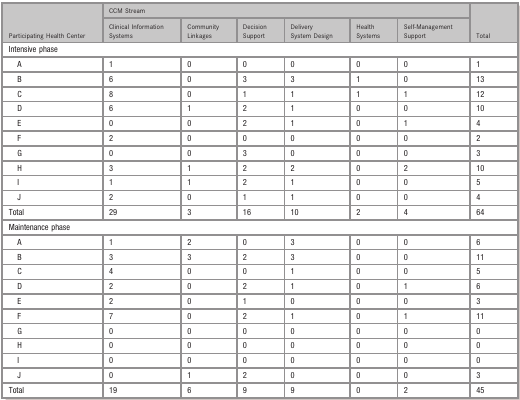
<table><thead><tr><td rowspan="2"><b>Participating Health Center</b></td><td colspan="6"><b>CCM Stream</b></td><td rowspan="2"><b>Total</b></td></tr><tr><td><b>Clinical Information Systems</b></td><td><b>Community Linkages</b></td><td><b>Decision Support</b></td><td><b>Delivery System Design</b></td><td><b>Health Systems</b></td><td><b>Self‐Management Support</b></td></tr></thead><tbody><tr><td colspan="8">Intensive phase</td></tr><tr><td>A</td><td>1</td><td>0</td><td>0</td><td>0</td><td>0</td><td>0</td><td>1</td></tr><tr><td>B</td><td>6</td><td>0</td><td>3</td><td>3</td><td>1</td><td>0</td><td>13</td></tr><tr><td>C</td><td>8</td><td>0</td><td>1</td><td>1</td><td>1</td><td>1</td><td>12</td></tr><tr><td>D</td><td>6</td><td>1</td><td>2</td><td>1</td><td>0</td><td>0</td><td>10</td></tr><tr><td>E</td><td>0</td><td>0</td><td>2</td><td>1</td><td>0</td><td>1</td><td>4</td></tr><tr><td>F</td><td>2</td><td>0</td><td>0</td><td>0</td><td>0</td><td>0</td><td>2</td></tr><tr><td>G</td><td>0</td><td>0</td><td>3</td><td>0</td><td>0</td><td>0</td><td>3</td></tr><tr><td>H</td><td>3</td><td>1</td><td>2</td><td>2</td><td>0</td><td>2</td><td>10</td></tr><tr><td>I</td><td>1</td><td>1</td><td>2</td><td>1</td><td>0</td><td>0</td><td>5</td></tr><tr><td>J</td><td>2</td><td>0</td><td>1</td><td>1</td><td>0</td><td>0</td><td>4</td></tr><tr><td>Total</td><td>29</td><td>3</td><td>16</td><td>10</td><td>2</td><td>4</td><td>64</td></tr><tr><td colspan="8">Maintenance phase</td></tr><tr><td>A</td><td>1</td><td>2</td><td>0</td><td>3</td><td>0</td><td>0</td><td>6</td></tr><tr><td>B</td><td>3</td><td>3</td><td>2</td><td>3</td><td>0</td><td>0</td><td>11</td></tr><tr><td>C</td><td>4</td><td>0</td><td>0</td><td>1</td><td>0</td><td>0</td><td>5</td></tr><tr><td>D</td><td>2</td><td>0</td><td>2</td><td>1</td><td>0</td><td>1</td><td>6</td></tr><tr><td>E</td><td>2</td><td>0</td><td>1</td><td>0</td><td>0</td><td>0</td><td>3</td></tr><tr><td>F</td><td>7</td><td>0</td><td>2</td><td>1</td><td>0</td><td>1</td><td>11</td></tr><tr><td>G</td><td>0</td><td>0</td><td>0</td><td>0</td><td>0</td><td>0</td><td>0</td></tr><tr><td>H</td><td>0</td><td>0</td><td>0</td><td>0</td><td>0</td><td>0</td><td>0</td></tr><tr><td>I</td><td>0</td><td>0</td><td>0</td><td>0</td><td>0</td><td>0</td><td>0</td></tr><tr><td>J</td><td>0</td><td>1</td><td>2</td><td>0</td><td>0</td><td>0</td><td>3</td></tr><tr><td>Total</td><td>19</td><td>6</td><td>9</td><td>9</td><td>0</td><td>2</td><td>45</td></tr></tbody></table>